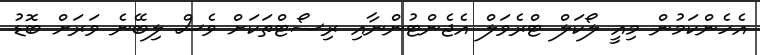
އެހެންކަމުން މިއީ ލޯކަލް ޓްރެވަލް އެޖެންޓުންނާއި ރިސޯޓްތަކަށް ވެސް ލިބޭނެ ވަރަށް ބޮޑު